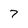
Character: 7